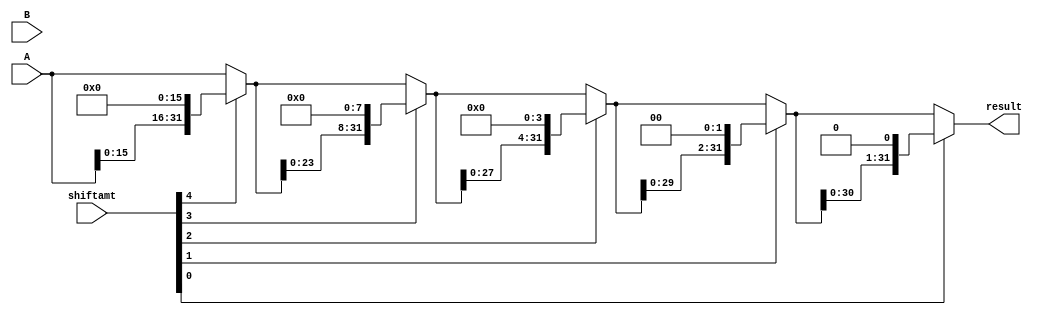
module sllCalc(A, B, shiftamt, result);
    // logical left shift by shiftamt
    
    input [31:0] A, B;
    input [4:0] shiftamt;

    output [31:0] result;

    wire [31:0] shift_16bit_calc, shift_8bit_calc, shift_4bit_calc, shift_2bit_calc;

    // first, check for 16 bit shift, otherwise keep A
    assign shift_16bit_calc = shiftamt[4] ? {A[15:0], {16{1'b0}}} : A;

    // next, shift by 8 bits if MSB of shiftamt is 1, otherwise keep prev calc
    assign shift_8bit_calc = shiftamt[3] ? {shift_16bit_calc[23:0], {8{1'b0}}} : shift_16bit_calc ; 

    // next, shift by 4 bits if shiftamt[2] == 1, otherwise keep prev calc
    assign shift_4bit_calc = shiftamt[2] ? {shift_8bit_calc[27:0], {4{1'b0}}} : shift_8bit_calc ; 

    // next, shift by 2 bits if shiftamt[1] == 1, otherwise keep prev calc
    assign shift_2bit_calc = shiftamt[1] ? {shift_4bit_calc[29:0], {2{1'b0}}} : shift_4bit_calc ;

    // finally, shift by 2 if shiftamt[0] == 1, otherwise keep previous calculation
    assign result = shiftamt[0] ? {shift_2bit_calc[30:0], {{1'b0}}} : shift_2bit_calc;


endmodule